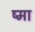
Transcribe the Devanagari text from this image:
ष्मा